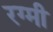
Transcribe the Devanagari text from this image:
रग्मी